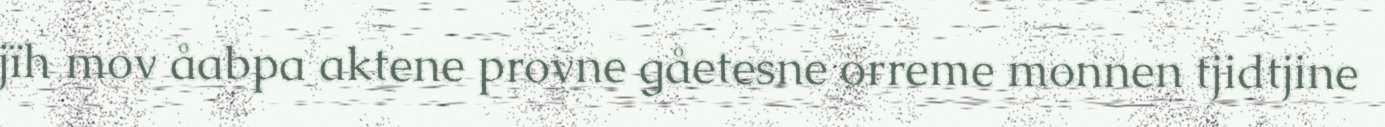
jïh mov åabpa aktene provne gåetesne orreme monnen tjidtjine